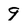
Character: 9